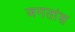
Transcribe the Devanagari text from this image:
जगतांस